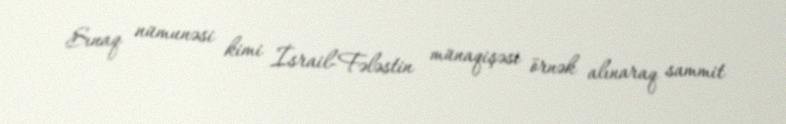
Sınaq nümunəsi kimi İsrail-Fələstin münaqişəsi örnək alınaraq sammit